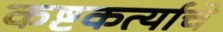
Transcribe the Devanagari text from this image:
कष्टकर्त्याचे